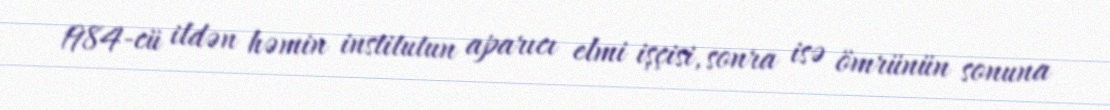
1984-cü ildən həmin institutun aparıcı elmi işçisi, sonra isə ömrünün sonuna